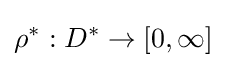
\rho ^{*}:D^{*}\to [0,\infty ]